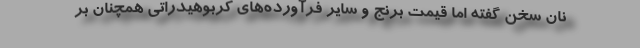
نان سخن گفته اما قيمت برنج و ساير فرآورده‌هاي كربوهيدراتي همچنان بر